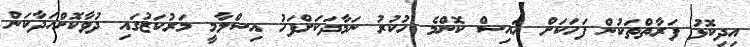
އިދިކޮޅު ފަރާތްތަކުން ފަހަކަށް އައިސް ކޮންމެ ހުކުރު ނަމާދަކަށްފަހު އިސްލާމީ މަރުކަޒުގައި ދުވާކޮށްހަދާކަން